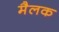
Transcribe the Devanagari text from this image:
मैलक